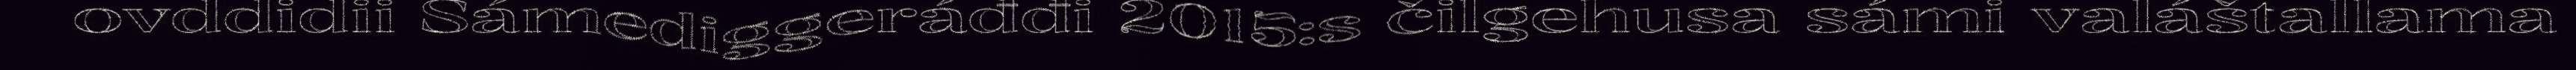
ovddidii Sámediggeráđđi 2015:s čilgehusa sámi valáštallama